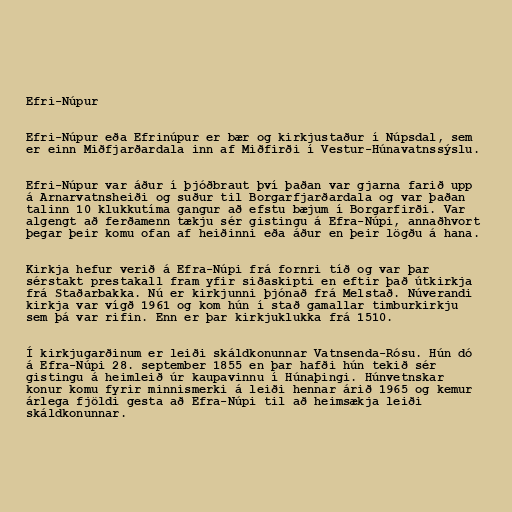
Efri-Núpur

Efri-Núpur eða Efrinúpur er bær og kirkjustaður í Núpsdal, sem
er einn Miðfjarðardala inn af Miðfirði í Vestur-Húnavatnssýslu.

Efri-Núpur var áður í þjóðbraut því þaðan var gjarna farið upp
á Arnarvatnsheiði og suður til Borgarfjarðardala og var þaðan
talinn 10 klukkutíma gangur að efstu bæjum í Borgarfirði. Var
algengt að ferðamenn tækju sér gistingu á Efra-Núpi, annaðhvort
þegar þeir komu ofan af heiðinni eða áður en þeir lögðu á hana.

Kirkja hefur verið á Efra-Núpi frá fornri tíð og var þar
sérstakt prestakall fram yfir siðaskipti en eftir það útkirkja
frá Staðarbakka. Nú er kirkjunni þjónað frá Melstað. Núverandi
kirkja var vígð 1961 og kom hún í stað gamallar timburkirkju
sem þá var rifin. Enn er þar kirkjuklukka frá 1510.

Í kirkjugarðinum er leiði skáldkonunnar Vatnsenda-Rósu. Hún dó
á Efra-Núpi 28. september 1855 en þar hafði hún tekið sér
gistingu á heimleið úr kaupavinnu í Húnaþingi. Húnvetnskar
konur komu fyrir minnismerki á leiði hennar árið 1965 og kemur
árlega fjöldi gesta að Efra-Núpi til að heimsækja leiði
skáldkonunnar.